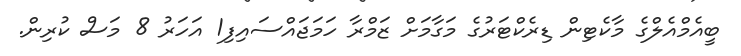
ބީއެމްއެލްގެ މާކެޓިން ޑިރެކްޓަރުގެ މަގާމަށް ޒަމްރާ ހަމަޖައްސައިފި1 އަހަރު 8 މަސް ކުރިން.